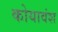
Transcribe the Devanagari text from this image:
कोयावंश